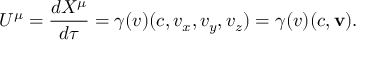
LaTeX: U ^ { \mu } = { \frac { d X ^ { \mu } } { d \tau } } = \gamma ( v ) ( c , v _ { x } , v _ { y } , v _ { z } ) = \gamma ( v ) ( c , \mathbf { v } ) .